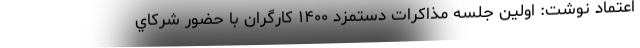
اعتماد نوشت: اولين جلسه مذاكرات دستمزد ۱۴۰۰ كارگران با حضور شركاي